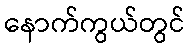
နောက်ကွယ်တွင်